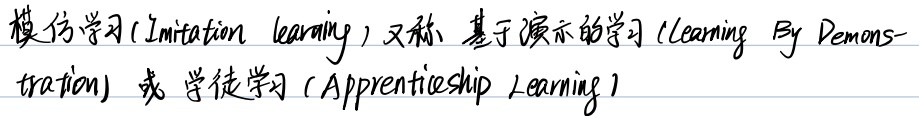
模仿学习(Imitation learning) 又称 基于演示的学习(Learning By Demons-tration) 或 学徒学习(Apprenticeship Learning)